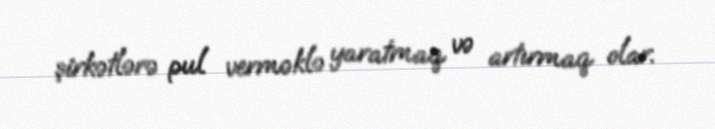
şirkətlərə pul verməklə yaratmaq və artırmaq olar.